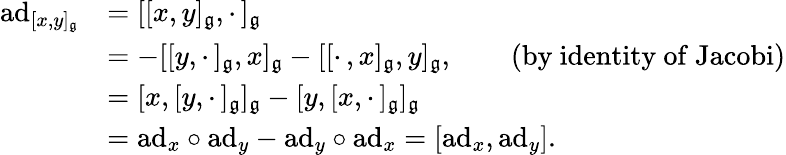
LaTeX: \begin{array}{rl}{\mathrm{ad}_{[x,y]_{\mathfrak g}}}&{=[[x,y]_{\mathfrak g},\cdot\, ]_{\mathfrak g}}\\ &{=-[[y,\cdot\, ]_{\mathfrak g},x]_{\mathfrak g}-[[\cdot\, ,x]_{\mathfrak g},y]_{\mathfrak g},\qquad(\mathrm{by~identity~of~Jacobi})}\\ &{=[x,[y,\cdot\, ]_{\mathfrak g}]_{\mathfrak g}-[y,[x,\cdot\, ]_{\mathfrak g}]_{\mathfrak g}}\\ &{=\mathrm{ad}_{x}\circ\mathrm{ad}_{y}-\mathrm{ad}_{y}\circ\mathrm{ad}_{x}=[\mathrm{ad}_{x},\mathrm{ad}_{y}].}\end{array}